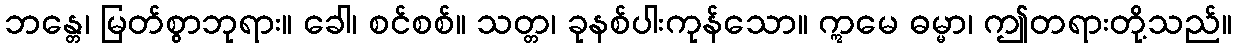
ဘန္တေ၊ မြတ်စွာဘုရား။ ခေါ၊ စင်စစ်။ သတ္တ၊ ခုနစ်ပါးကုန်သော။ ဣမေ ဓမ္မာ၊ ဤတရားတို့သည်။